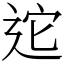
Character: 迱